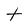
Character: t